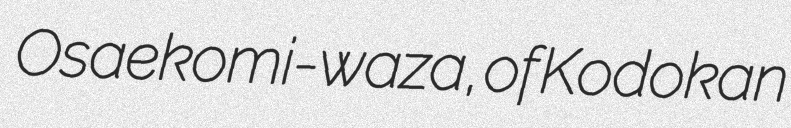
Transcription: Osaekomi-waza, of Kodokan